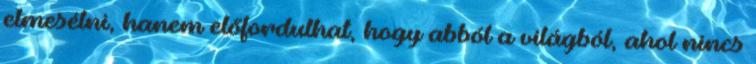
elmesélni, hanem előfordulhat, hogy abból a világból, ahol nincs